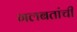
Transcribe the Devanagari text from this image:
गलबतांची